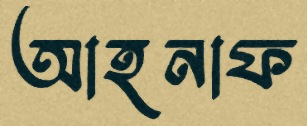
আহনাফ